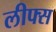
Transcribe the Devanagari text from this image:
लीफ्स